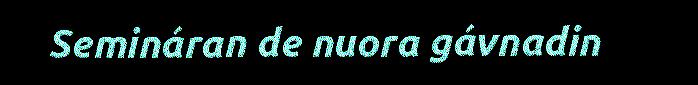
Semináran de nuora gávnadin